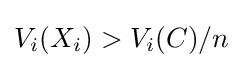
V_{i}(X_{i})>V_{i}(C)/n